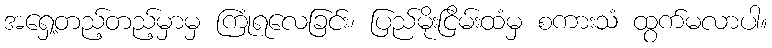
အရှေ့တည့်တည့်မှာမှ ကြုံရလေခြင်း၊ ပြည်မိုးငြိမ်းထံမှ စကားသံ ထွက်မလာပါ။